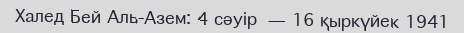
Халед Бей Аль-Азем: 4 сәуір — 16 қыркүйек 1941